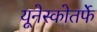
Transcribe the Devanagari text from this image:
यूनेस्कोतर्फे